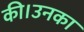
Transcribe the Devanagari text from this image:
की।उनका